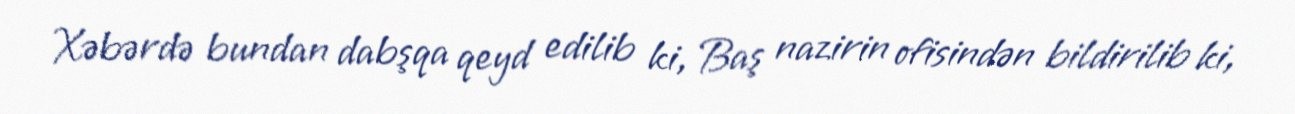
Xəbərdə bundan dabşqa qeyd edilib ki, Baş nazirin ofisindən bildirilib ki,